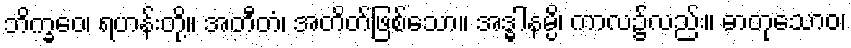
ဘိက္ခဝေ၊ ရဟန်းတို့။ အတီတံ၊ အတိတ်ဖြစ်သော။ အဒ္ဓါနမ္ပိ၊ ကာလ၌လည်း။ ဓာတုသောဝ၊